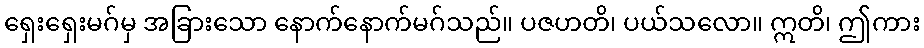
ရှေးရှေးမဂ်မှ အခြားသော နောက်နောက်မဂ်သည်။ ပဇဟတိ၊ ပယ်သလော။ ဣတိ၊ ဤကား